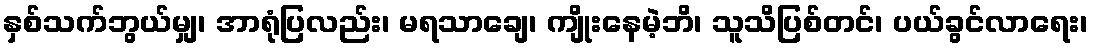
နှစ်သက်ဘွယ်မျှ၊ အာရုံပြလည်း၊ မရသာချေ၊ ကျိုးနေမဲ့ဘိ၊ သူသိပြစ်တင်၊ ပယ်ခွင်လာရေး၊